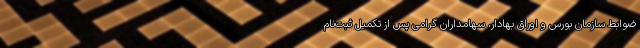
ضوابط سازمان بورس و اوراق بهادار، سهامداران گرامی پس از تکمیل ثبت‌نام